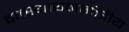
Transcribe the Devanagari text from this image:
वात्स्यायनगोत्रीय